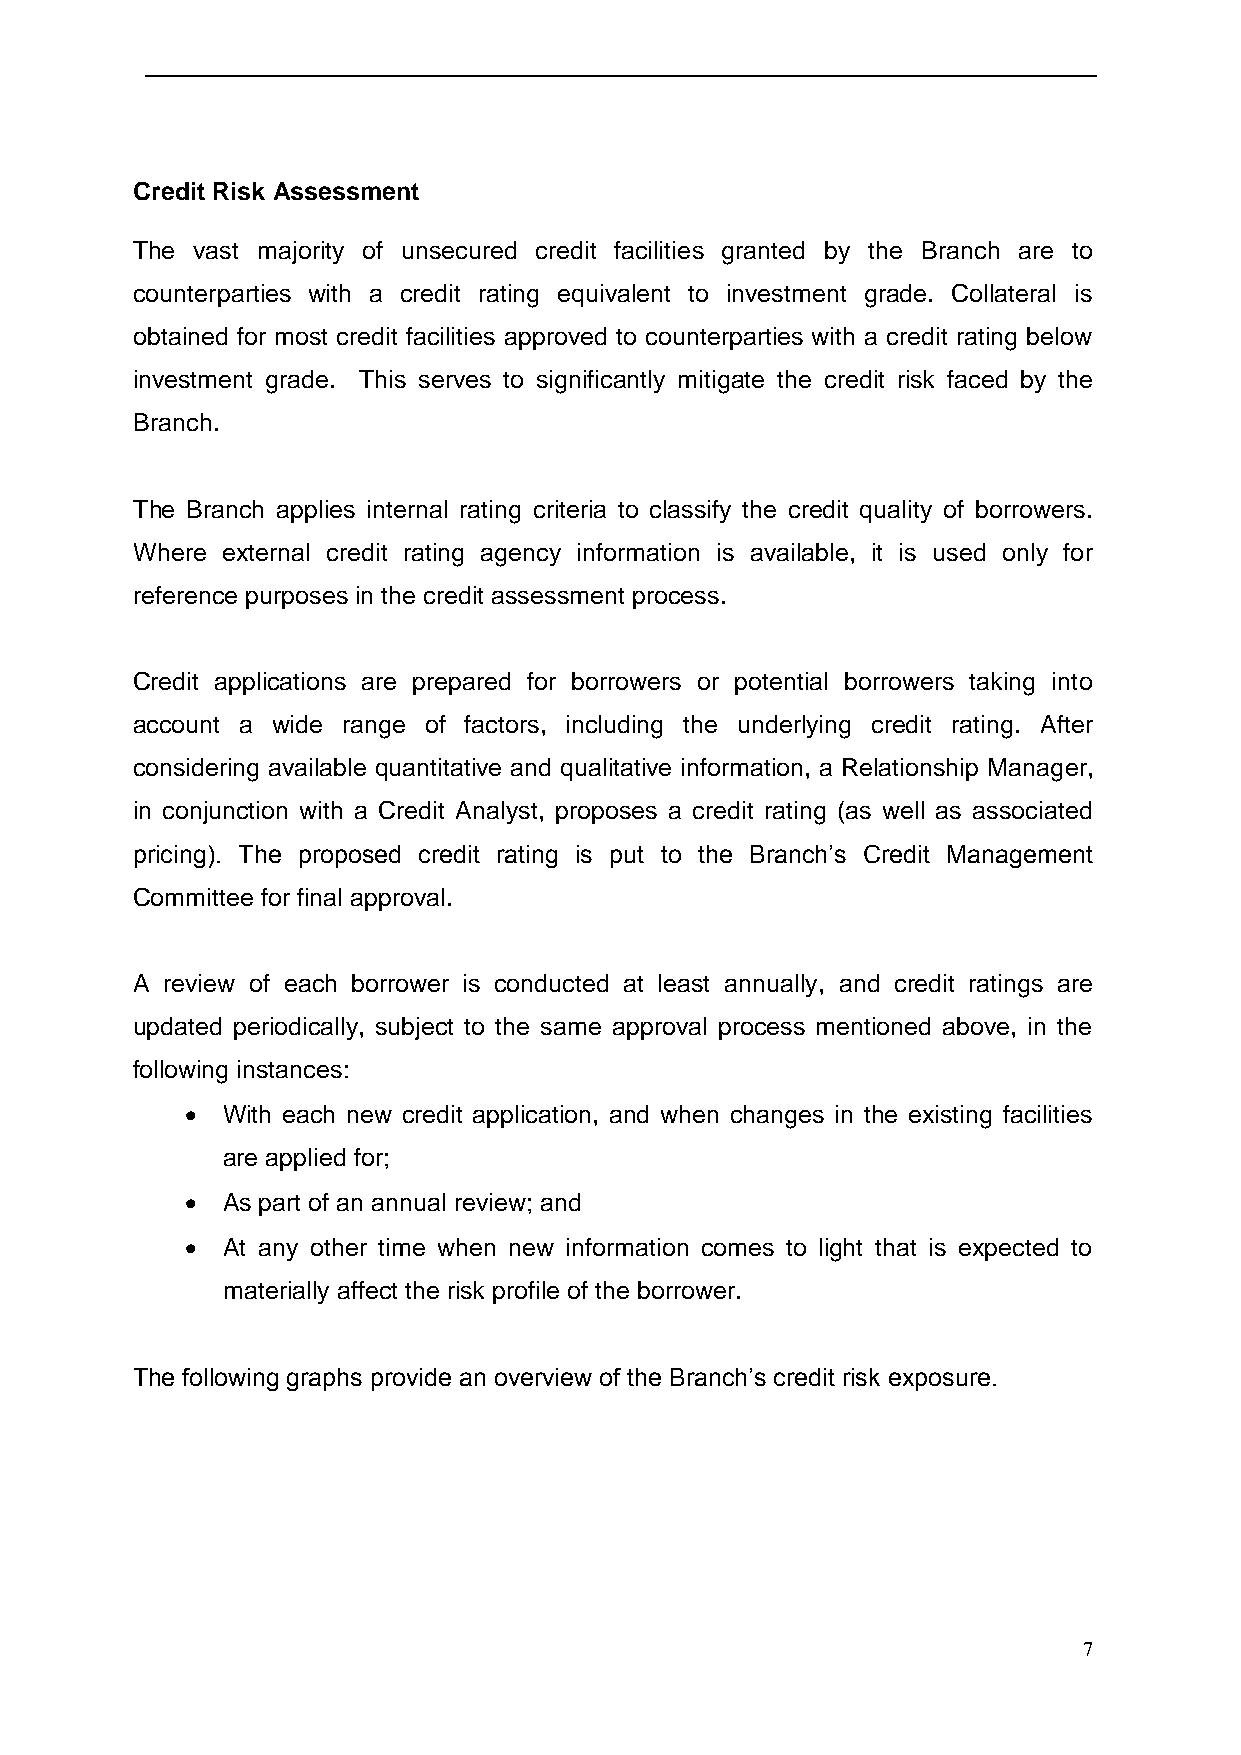
Credit Risk Assessment
 The vast majority of unsecured credit facilities granted by the Branch are to
 counterparties with a credit rating equivalent to investment grade. Collateral is
 obtained for most credit facilities approved to counterparties with a credit rating below
 investment grade. This serves to significantly mitigate the credit risk faced by the
 Branch.
 The Branch applies internal rating criteria to classify the credit quality of borrowers.
 Where external credit rating agency information is available, it is used only for
 reference purposes in the credit assessment process.
 Credit applications are prepared for borrowers or potential borrowers taking into
 account a wide range of factors, including the underlying credit rating. After
 considering available quantitative and qualitative information, a Relationship Manager,
 in conjunction with a Credit Analyst, proposes a credit rating (as well as associated
 pricing). The proposed credit rating is put to the Branch’s Credit Management
 Committee for final approval.
 A review of each borrower is conducted at least annually, and credit ratings are
 updated periodically, subject to the same approval process mentioned above, in the
 following instances:
   With each new credit application, and when changes in the existing facilities
 are applied for;
   As part of an annual review; and
   At any other time when new information comes to light that is expected to
 materially affect the risk profile of the borrower.
 The following graphs provide an overview of the Branch’s credit risk exposure.
 7